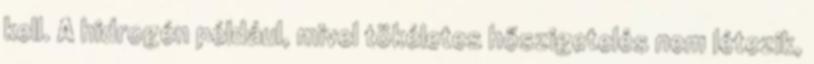
kell. A hidrogén például, mivel tökéletes hőszigetelés nem létezik,